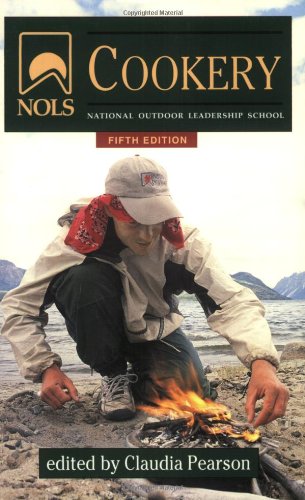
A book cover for NOLS Cookery (National Outdoor Leadership School) (NOLS Library); Cookbooks, Food & Wine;